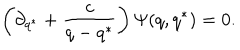
LaTeX: \left( \partial _ { q ^ { * } } + \frac { c } { q - q ^ { * } } \right) \Psi ( q , q ^ { * } ) = 0 .